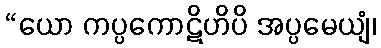
“ယော ကပ္ပကောဋိဟိပိ အပ္ပမေယျံ၊